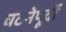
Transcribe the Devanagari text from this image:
घटनेपूर्वी